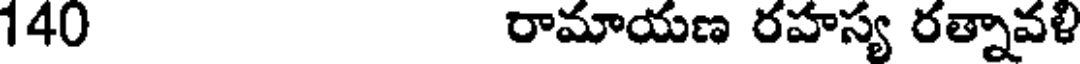
140 రామాయణ రహస్య రత్నావళి